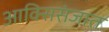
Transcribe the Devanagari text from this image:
आक्सिसंजात